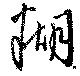
糊